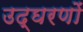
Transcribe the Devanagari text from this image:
उद्घरणों